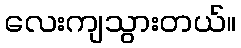
လေးကျသွားတယ်။